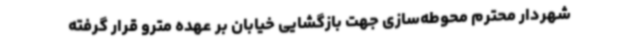
شهردار محترم محوطه‌سازی جهت بازگشایی خیابان بر عهده مترو قرار گرفته